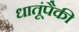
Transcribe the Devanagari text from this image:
धातूंपैकी